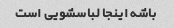
باشه اینجا لباسشویی است